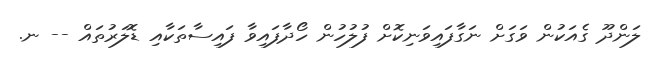
ލަންދޫ ގެއަކުން ވަގަށް ނަގާފައިވަނިކޮށް ފުލުހުން ހޯދާފައިވާ ފައިސާތަކާއި ޑޮލަރުތައް -- ނ.